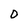
Character: 0